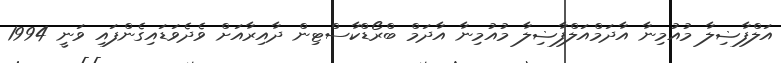
އަލްފާޟިލާ މުއުމިނާ އާދަމްއަލްފާޟިލާ މުއުމިނާ އާދަމް ބްރޯޑްކާސްޓިން ދާއިރާއަށް ވެދެވަޑައިގެންފައި ވަނީ 1994